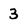
Character: 3